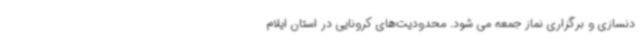
دنسازی و برگزاری نماز جمعه می شود. محدودیت‌های کرونایی در استان ایلام